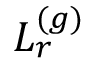
L _ { r } ^ { ( g ) }